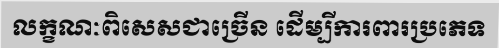
លក្ខណៈពិសេសជាច្រើន ដើម្បីការពារប្រភេទ